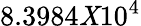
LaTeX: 8.3984\mathit{X}10^{4}